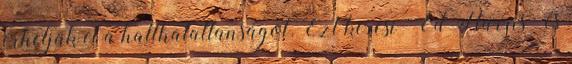
érhetjük el a hallhatatlanságot. Ezt keresi “Ed Harris” és